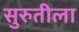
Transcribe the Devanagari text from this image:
सुरुतीला